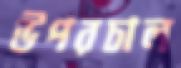
উপরচাল